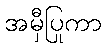
အမှီပြုကာ